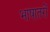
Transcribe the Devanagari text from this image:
भाषातरों